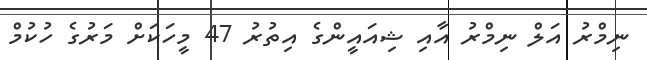
ނިމްރު އަލް ނިމްރު އާއި ޝިއައީންގެ އިތުރު 47 މީހަކަށް މަރުގެ ހުކުމް